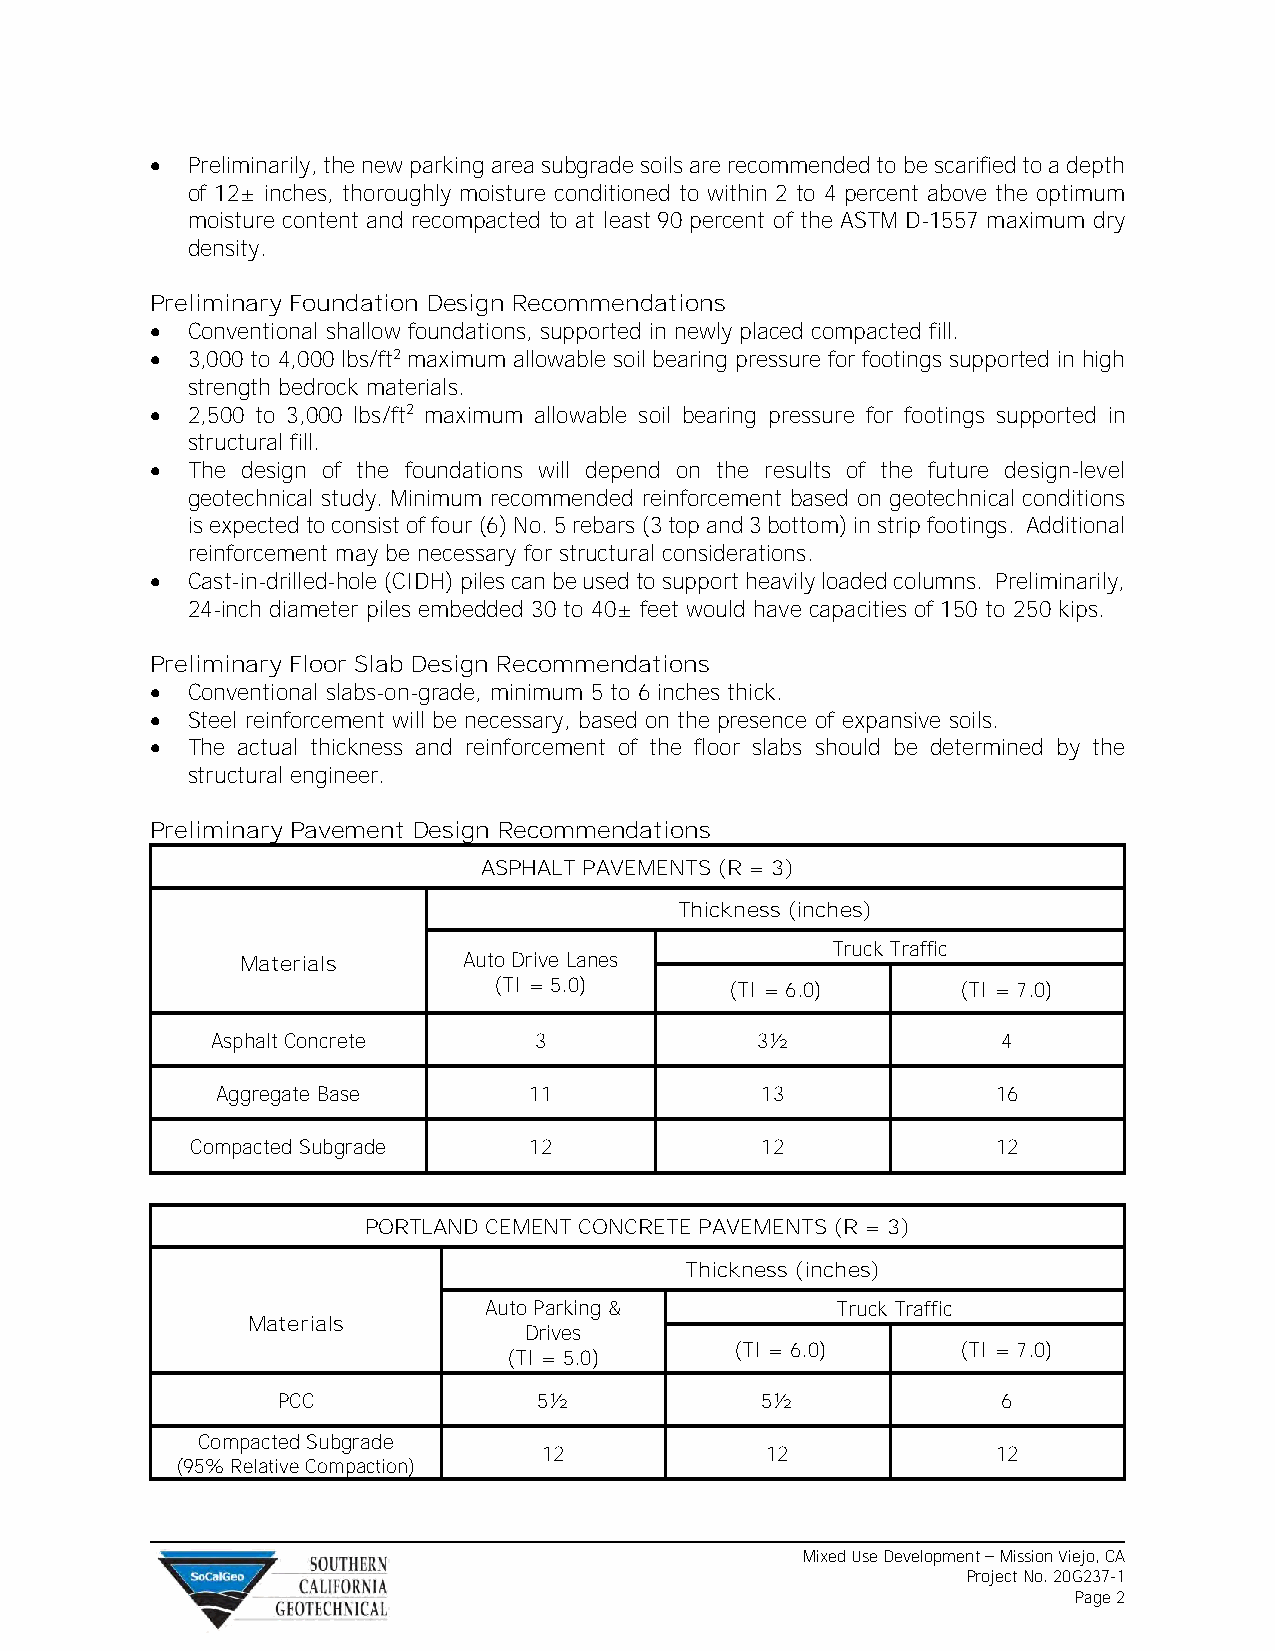
• Preliminarily, the new parking area subgrade soils are recommended to be scarified to a depth
 of 12± inches, thoroughly moisture conditioned to within 2 to 4 percent above the optimum
 moisture content and recompacted to at least 90 percent of the ASTM D-1557 maximum dry
 density.
 Preliminary Foundation Design Recommendations
 • Conventional shallow foundations, supported in newly placed compacted fill.
 • 3,000 to 4,000 lbs/ft2 maximum allowable soil bearing pressure for footings supported in high
 strength bedrock materials.
 • 2,500 to 3,000 lbs/ft2 maximum allowable soil bearing pressure for footings supported in
 structural fill.
 • The design of the foundations will depend on the results of the future design-level
 geotechnical study. Minimum recommended reinforcement based on geotechnical conditions
 is expected to consist of four (6) No. 5 rebars (3 top and 3 bottom) in strip footings. Additional
 reinforcement may be necessary for structural considerations.
 • Cast-in-drilled-hole (CIDH) piles can be used to support heavily loaded columns. Preliminarily,
 24-inch diameter piles embedded 30 to 40± feet would have capacities of 150 to 250 kips.
 Preliminary Floor Slab Design Recommendations
 • Conventional slabs-on-grade, minimum 5 to 6 inches thick.
 • Steel reinforcement will be necessary, based on the presence of expansive soils.
 • The actual thickness and reinforcement of the floor slabs should be determined by the
 structural engineer.
 Preliminary Pavement Design Recommendations
 ASPHALT PAVEMENTS (R = 3)
 Thickness (inches)
 Truck Traffic
 Materials      Auto Drive Lanes
 (TI = 5.0)     (TI = 6.0)      (TI = 7.0)
 Asphalt Concrete     3              3½              4
 Aggregate Base       11             13              16
 Compacted Subgrade    12             12              12
 PORTLAND CEMENT CONCRETE PAVEMENTS (R = 3)
 Thickness (inches)
 Auto Parking &         Truck Traffic
 Materials
 Drives
 (TI = 6.0)     (TI = 7.0)
 (TI = 5.0)
 PCC               5½            5½              6
 Compacted Subgrade
 12             12             12
 (95% Relative Compaction)
 Mixed Use Development – Mission Viejo, CA
 Project No. 20G237-1
 Page 2